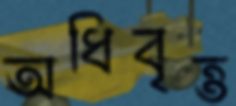
অধিবৃত্ত